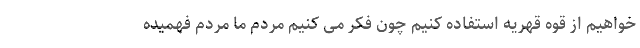
خواهیم از قوه قهریه استفاده کنیم چون فکر می کنیم مردم ما مردم فهمیده